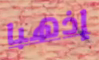
إذهبا